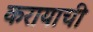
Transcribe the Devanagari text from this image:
करायाची